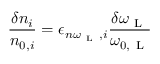
\frac { \delta n _ { i } } { n _ { 0 , i } } = \epsilon _ { n \omega _ { \mathrm { ~ L ~ } } , i } \frac { \delta \omega _ { \mathrm { ~ L ~ } } } { \omega _ { 0 , \mathrm { ~ L ~ } } }